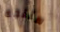
ستتجه